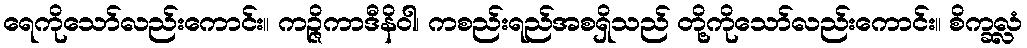
ရေကိုသော်လည်းကောင်း။ ကဉ္ဇိကာဒီနိဝါ၊ ကစည်းရည်အစရှိသည် တို့ကိုသော်လည်းကောင်း။ စိက္ခလ္လံ